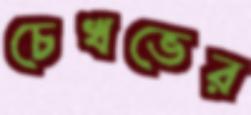
চেখভের